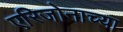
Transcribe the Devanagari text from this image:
एरिजोनाच्या